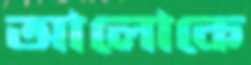
আলোকে